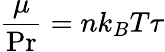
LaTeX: \frac{\mu}{\operatorname*{Pr}}=nk_{B}T\tau